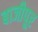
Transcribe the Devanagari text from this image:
बाजीपूर